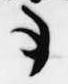
事